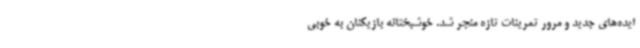
ایده‌های جدید و مرور تمرینات تازه منجر شد. خوشبختانه بازیکنان به خوبی